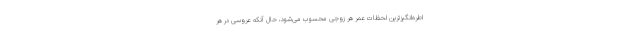
اطره‌انگیزترین لحظات عمر هر زوجی محسوب می‌شود، حال آنکه عروسی در هر